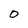
Character: 0